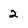
Character: 2